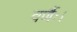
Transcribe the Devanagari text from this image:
वर्णैः।